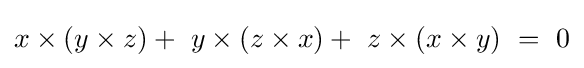
x\times (y\times z)+\ y\times (z\times x)+\ z\times (x\times y)\ =\ 0